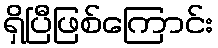
ရှိပြီဖြစ်ကြောင်း